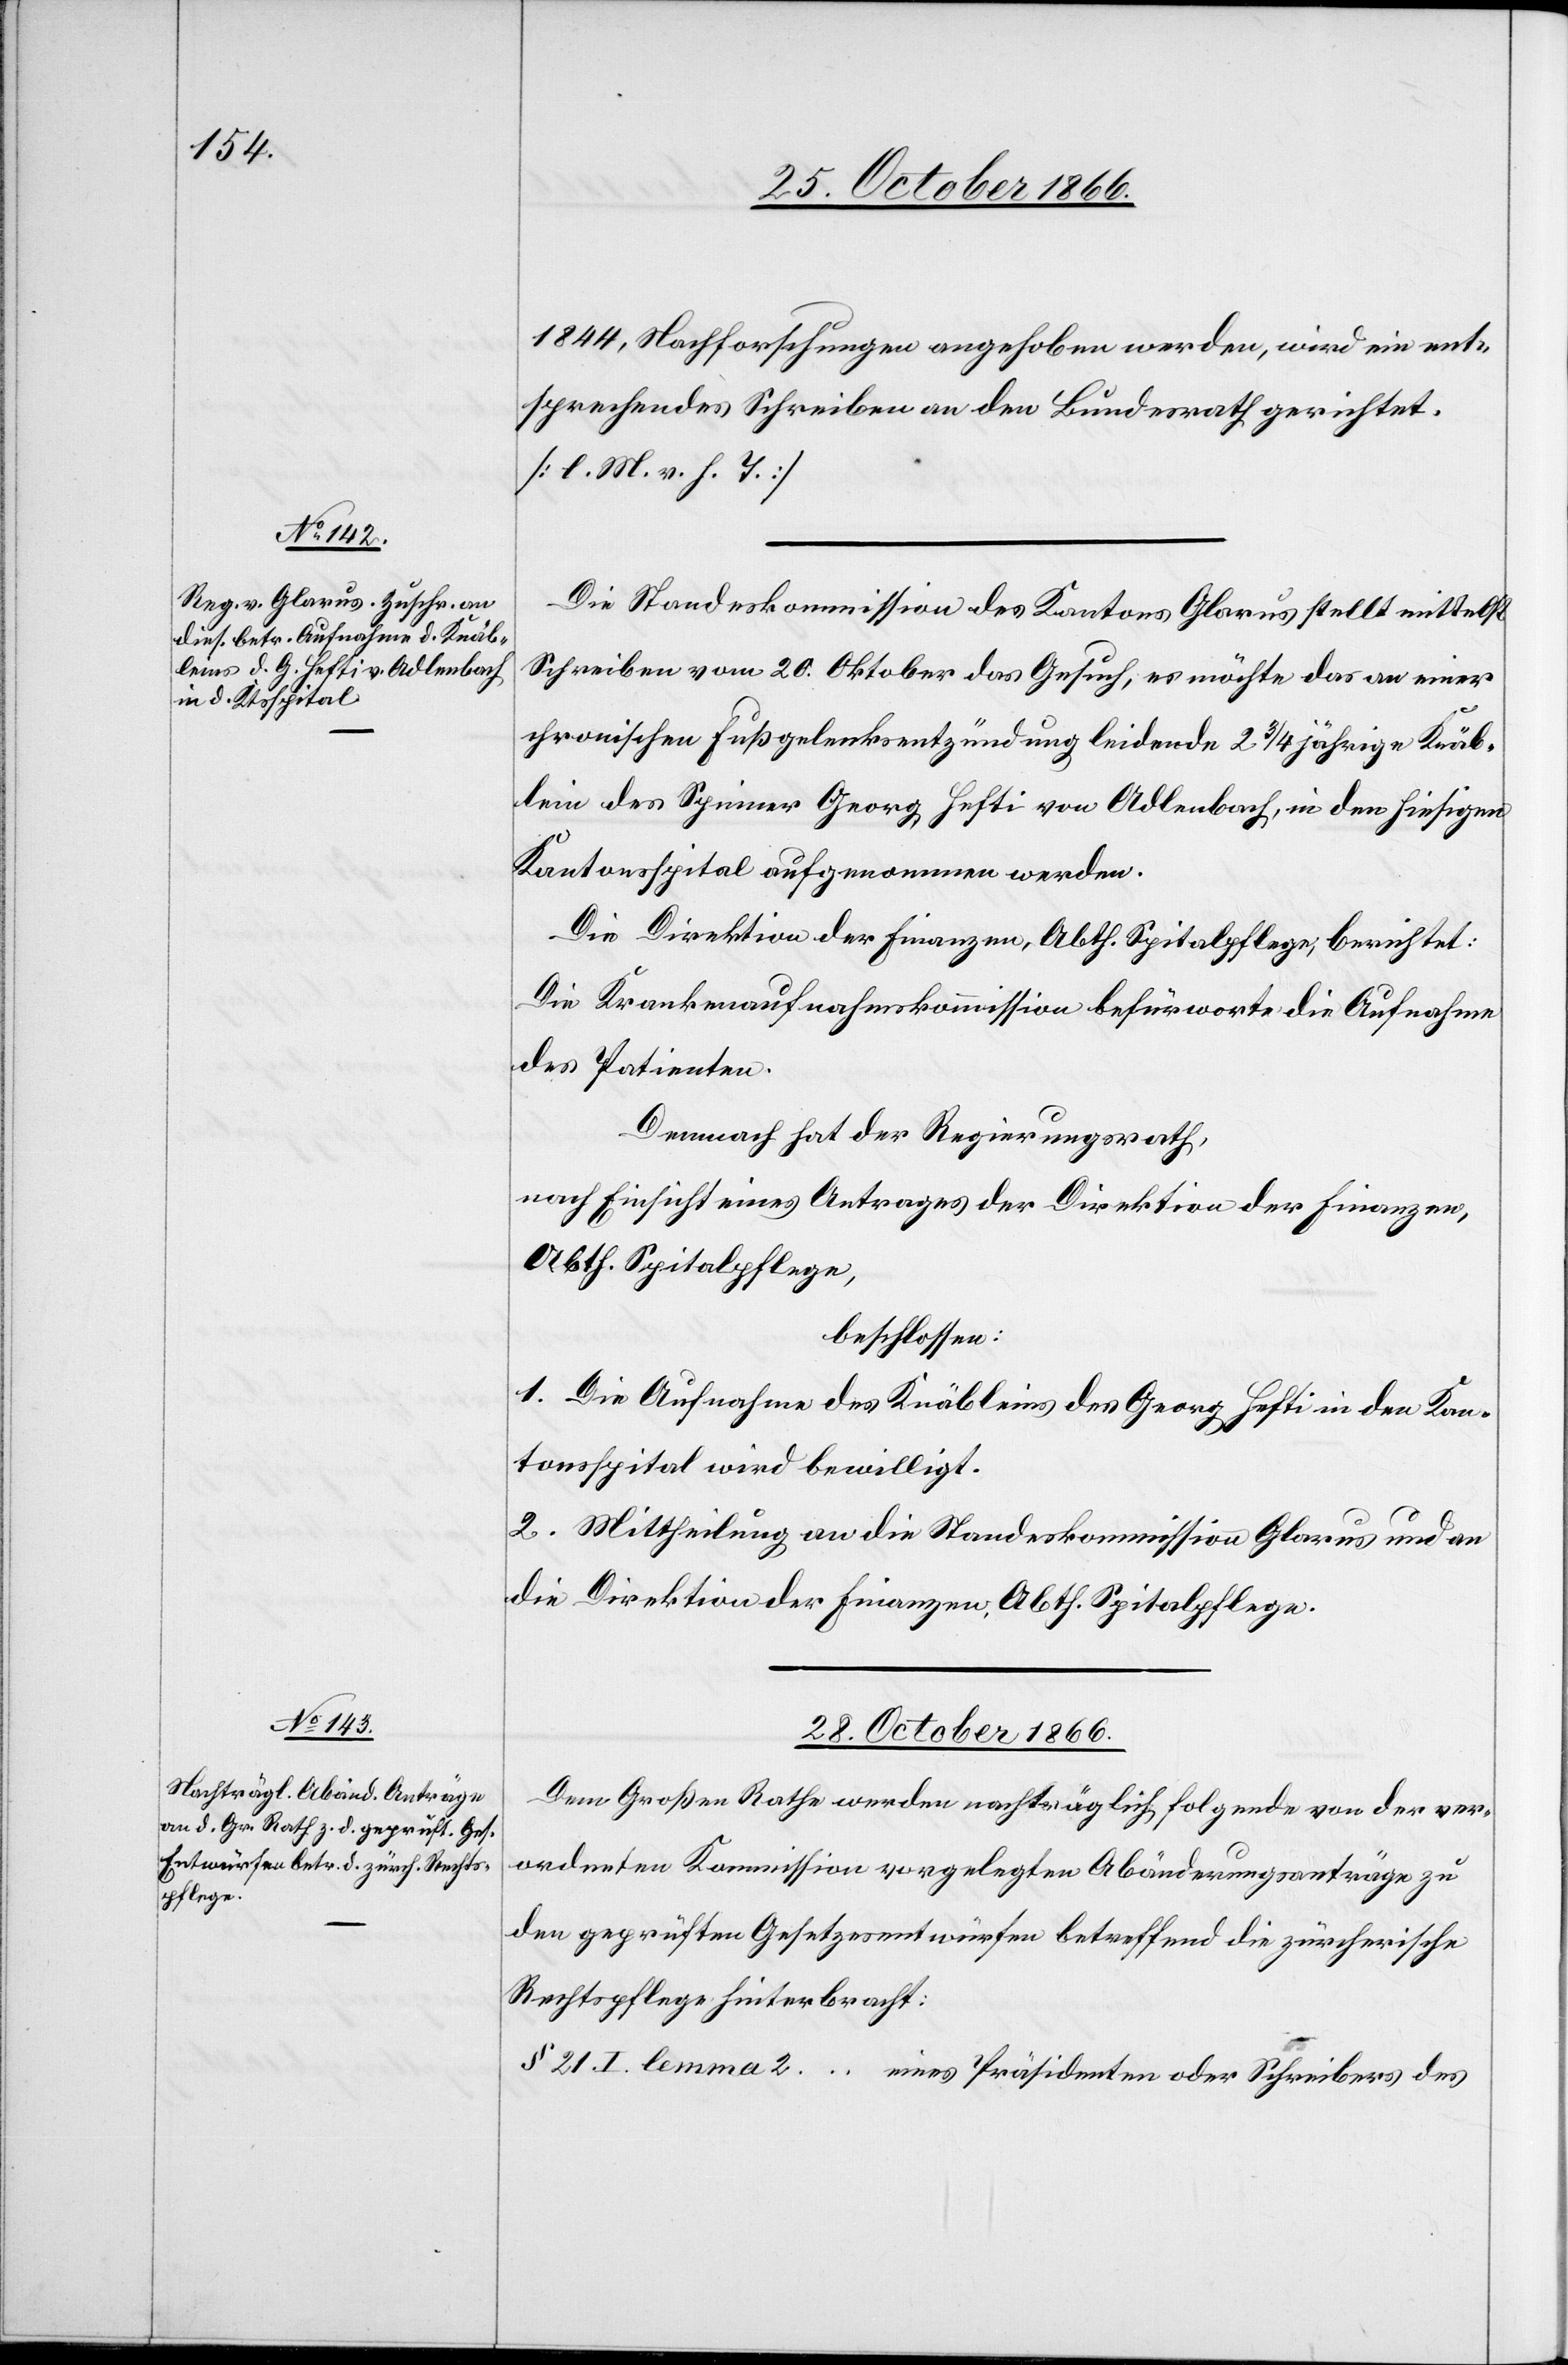
1844, Nachforschungen angehoben werden, wird ein ent¬
sprechendes Schreiben an den Bundesrath gerichtet.
[l. M. v. h. T.]
Die Standeskommission des Kantons Glarus stellt mittelst
Schreiben vom 20. Oktober das Gesuch, es möchte das an einer
chronischen Fußgelenksentzündung leidende 2 ¾ jährige Knäb¬
lein des Spinner Georg Hefti von Adlenbach, in den hiesigen
Kantonsspital aufgenommen werden.
Die Direktion der Finanzen, Abth. Spitalpflege, berichtet:
Die Krankenaufnahmskommission befürworte die Aufnahme
des Patienten.
Demnach hat der Regierungsrath,
nach Einsicht eines Antrages der Direktion der Finanzen,
Abth. Spitalpflege,
beschlossen:
1. Die Aufnahme des Knäbleins des Georg Hefti in den Kan¬
tonsspital wird bewilligt.
2. Mittheilung an die Standeskommission Glarus und an
die Direktion der Finanzen, Abth. Spitalpflege.
28. October 1866.
Dem Großen Rathe werden nachträglich folgende von der ver¬
ordneten Kommission vorgelegten Abänderungsanträge zu
den geprüften Gesetzesentwürfen betreffend die zürcherische
Rechtspflege hinterbracht:
§ 21 I. lemma 2. … eines Präsidenten oder Schreibers des